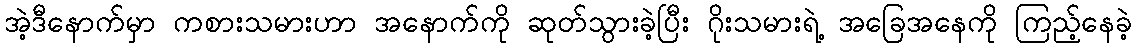
အဲ့ဒီနောက်မှာ ကစားသမားဟာ အနောက်ကို ဆုတ်သွားခဲ့ပြီး ဂိုးသမားရဲ့ အခြေအနေကို ကြည့်နေခဲ့